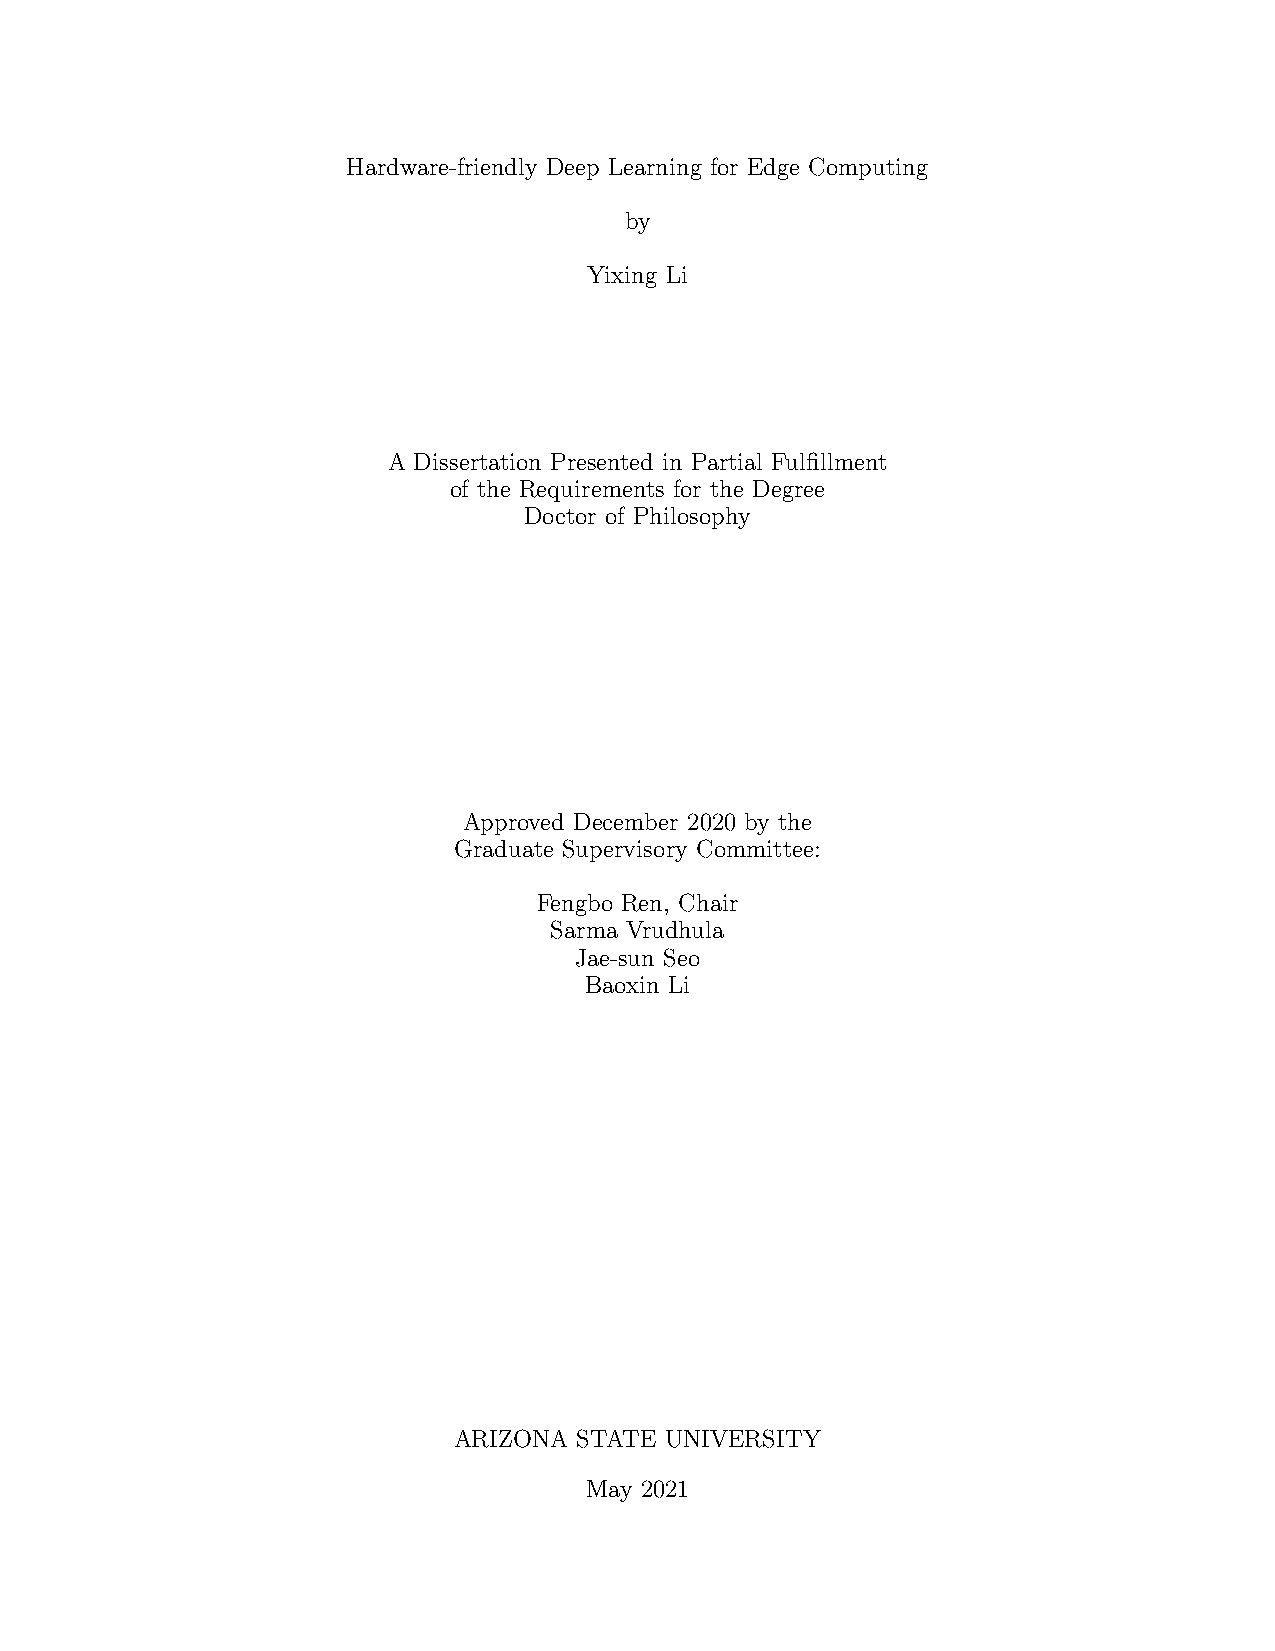
Hardware-friendly Deep Learning for Edge Computing
 by
 Yixing Li
 A Dissertation Presented in Partial Fulfillment
 of the Requirements for the Degree
 Doctor of Philosophy
 Approved December 2020 by the
 Graduate Supervisory Committee:
 Fengbo Ren, Chair
 Sarma Vrudhula
 Jae-sun Seo
 Baoxin Li
 ARIZONA STATE UNIVERSITY
 May 2021